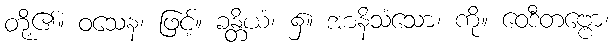
တို့၏။ ဝသေန၊ ဖြင့်။ ခန္တိယံ၊ ၌။ အာနိသံသော၊ ကို။ ဝေဒီတဗ္ဗော၊